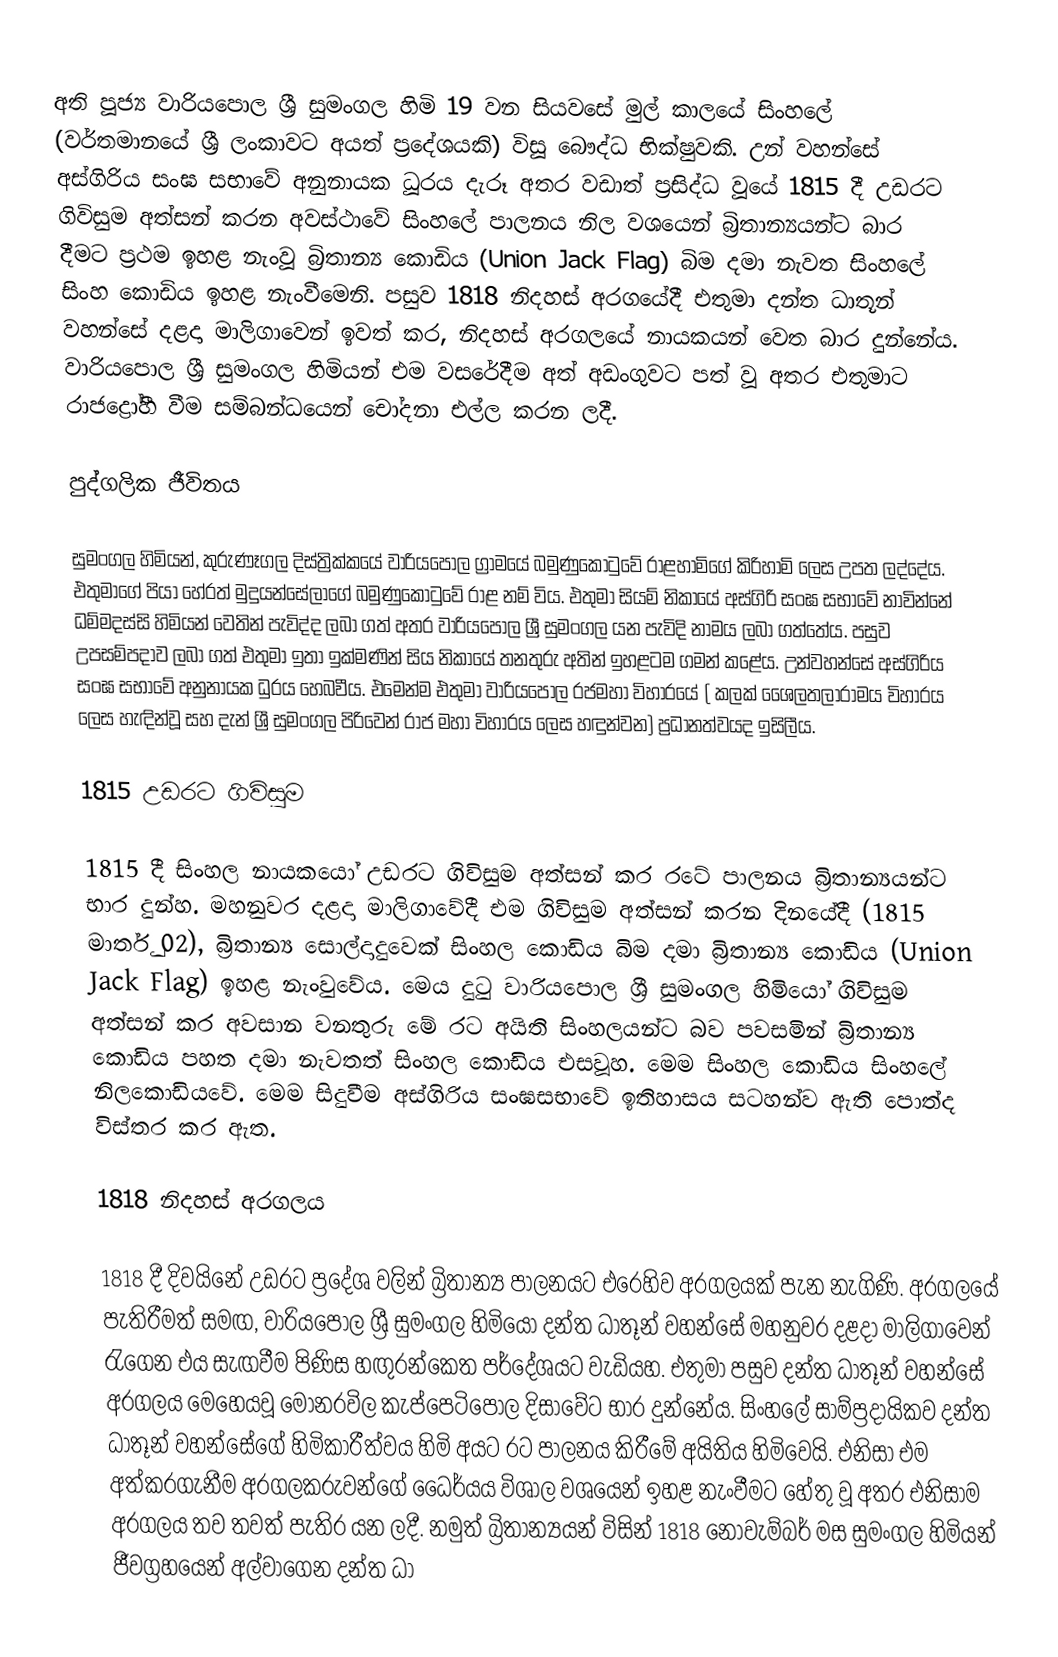
අති පූජ්‍ය වාරියපොල ශ්‍රී සුමංගල හිමි 19 වන සියවසේ මුල් කාලයේ සිංහලේ  (වර්තමානයේ ශ්‍රී ලංකාවට අයත් ප්‍රදේශයකි) විසූ බෞද්ධ භික්ෂුවකි. උන් වහන්සේ අස්ගිරිය සංඝ සභාවේ අනුනායක ධූරය දැරූ අතර වඩාත් ප්‍රසිද්ධ වූයේ 1815 දී උඩරට ගිවිසුම අත්සන් කරන අවස්ථාවේ සිංහලේ පාලනය නිල වශයෙන් බ්‍රිතාන්‍යයන්ට බාර දීමට ප්‍රථම ඉහළ නැංවූ බ්‍රිතාන්‍ය කොඩිය (Union Jack Flag) බිම දමා නැවත සිංහලේ සිංහ කොඩිය ඉහළ නැංවීමෙනි. පසුව 1818 නිදහස් අරගයේදී එතුමා දන්ත ධාතූන් වහන්සේ දළදා මාලිගාවෙන් ඉවත් කර, නිදහස් අරගලයේ නායකයන් වෙත බාර දුන්නේය. වාරියපොල ශ්‍රී සුමංගල හිමියන් එම වසරේදීම අත් අඩංගුවට පත් වූ අතර එතුමාට රාජද්‍රෝහී වීම සම්බන්ධයෙන් චෝදනා එල්ල කරන ලදී.

පුද්ගලික ජීවිතය

සුමංගල හිමියන්, කුරුණෑගල දිස්ත්‍රික්කයේ වාරියපොල ග්‍රාමයේ බමුණුකො‍ටුවේ රාළහාමිගේ කිරිහාමි ලෙස උපත ලද්දේය. එතුමාගේ පියා හේරත් මුදුයන්සේලාගේ බමුණුකො‍ටුවේ රාළ නම් විය.  එතුමා සියම් නිකායේ අස්ගිරි සංඝ සභාවේ නාවින්නේ ධම්මදස්සි හිමියන් වෙතින් පැවිද්ද ලබා ගත් අතර වාරියපොල ශ්‍රී සුමංගල යන පැවිදි නාමය ලබා ගත්තේය. පසුව උපසම්පදාව ලබා ගත් එතුමා ඉතා ඉක්මණින් සිය නිකායේ තනතුරු අතින් ඉහළටම ගමන් කළේය. උන්වහන්සේ  අස්ගිරිය සංඝ සභාවේ අනුනායක ධුරය හෙබවීය. එමෙන්ම එතුමා වාරියපොල රජමහා විහාරයේ ( කලක් ශෛලතලාරාමය විහාරය ලෙස හැඳින්වූ සහ දැන් ශ්‍රී සුමංගල පිරිවෙන් රාජ මහා විහාරය ලෙස හඳුන්වන) ප්‍රධානත්වයද ඉසිලීය.

1815 උඩරට ගිවිසුම

1815 දී සිංහල නායකයෝ උඩරට ගිවිසුම අත්සන් කර රටේ පාලනය බ්‍රිතාන්‍යයන්ට භාර දුන්හ. මහනුවර දළදා මාලිගාවේදී එම ගිවිසුම අත්සන් කරන දිනයේදී (1815 මාර්තු 02), බ්‍රිතාන්‍ය සොල්දාදුවෙක් සිංහල කොඩිය බිම දමා බ්‍රිතාන්‍ය කොඩිය (Union Jack Flag) ඉහළ නැංවුවේය. මෙය දු‍ටු වාරියපොල ශ්‍රී සුමංගල හිමියෝ ගිවිසුම අත්සන් කර අවසාන වනතුරු මේ රට අයිති සිංහලයන්ට බව පවසමින් බ්‍රිතාන්‍ය කොඩිය පහත දමා නැවතත් සිංහල කොඩිය එසවූහ.  මෙම සිංහල කොඩිය සිංහලේ නිලකොඩියවේ. මෙම සිදුවීම අස්ගිරිය සංඝසභාවේ ඉතිහාසය සටහන්ව ඇති පොත්ද විස්තර කර ඇත.

1818 නිදහස් අරගලය

1818 දී දිවයිනේ උඩරට ප්‍රදේශ වලින් බ්‍රිතාන්‍ය පාලනයට එරෙහිව අරගලයක් පැන නැගිණි. අරගලයේ පැතිරීමත් සමඟ, වාරියපොල ශ්‍රී සුමංගල හිමියෝ දන්ත ධාතූන් වහන්සේ මහනුවර දළදා මාලිගාවෙන් ‍රැගෙන එය සැඟවීම පිණිස හඟුරන්කෙත පර්දේශයට වැඩියහ. එතුමා පසුව දන්ත ධාතූන් වහන්සේ අරගලය මෙහෙයවූ මොනරවිල කැප්පෙටිපොල දිසාවේට භාර දුන්නේය.   සිංහලේ සාම්ප්‍රදායිකව දන්ත ධාතූන් වහන්සේගේ හිමිකාරීත්වය හිමි අයට රට පාලනය කිරීමේ අයිතිය හිමිවෙයි. එනිසා එම අත්කරගැනීම අරගලකරුවන්ගේ ධෛර්යය විශාල වශයෙන් ඉහළ නැංවීමට හේතු වූ අතර එනිසාම අරගලය තව තවත් පැතිර යන ලදී.  නමුත් බ්‍රිතාන්‍යයන් විසින් 1818 නොවැම්බර් මස සුමංගල හිමියන් ජීවග්‍රහයෙන් අල්වාගෙන දන්ත ධා